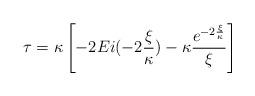
LaTeX: \begin{align*}\tau = \kappa \left [ -2Ei(-2\frac{\xi}{\kappa}) -\kappa\frac{e^{-2\frac{\xi}{\kappa}}}{\xi} \right ]\end{align*}